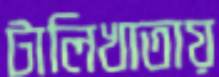
টালিখাতায়